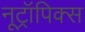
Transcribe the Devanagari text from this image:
नूट्रॉपिक्स